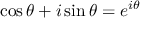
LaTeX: \cos \theta + i \sin \theta = e ^ { i \theta }